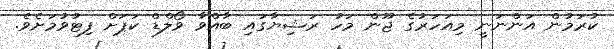
ކުރަމުން އަންނަނީ މިއަހަރުގެ ޖޫން މަހު ރަޝިޔާގައި ބާއްވާ ވޯލްޑް ކަޕަށް ފިޓުވުމަށެވެ.